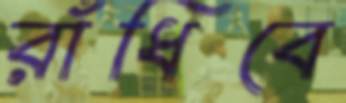
রাঁধিবে